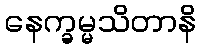
နေက္ခမ္မသိတာနိ